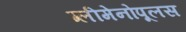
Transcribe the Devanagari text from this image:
ग्लीमेनोपूलस